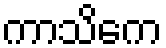
ကာသိကေ